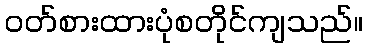
ဝတ်စားထားပုံစတိုင်ကျသည်။